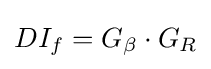
DI_{f}=G_{\beta }\cdot G_{R}